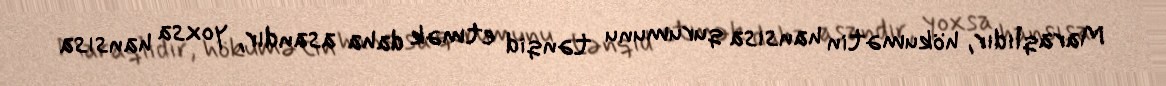
Maraqlıdır, hökumətin hansısa qurumunu tənqid etmək daha asandır, yoxsa hansısa